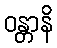
ဝန္တာနိ